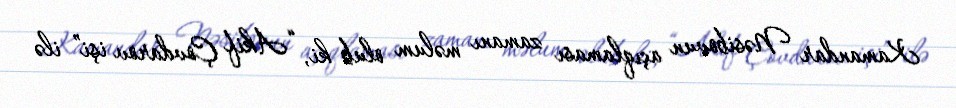
Kamandar Nəsibovun açıqlaması zamanı məlum olub ki, “Akif Çovdarov işi” ilə